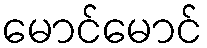
မောင်မောင်